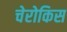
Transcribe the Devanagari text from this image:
चेरोकिस